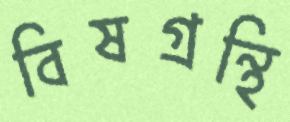
বিষগ্রন্থি